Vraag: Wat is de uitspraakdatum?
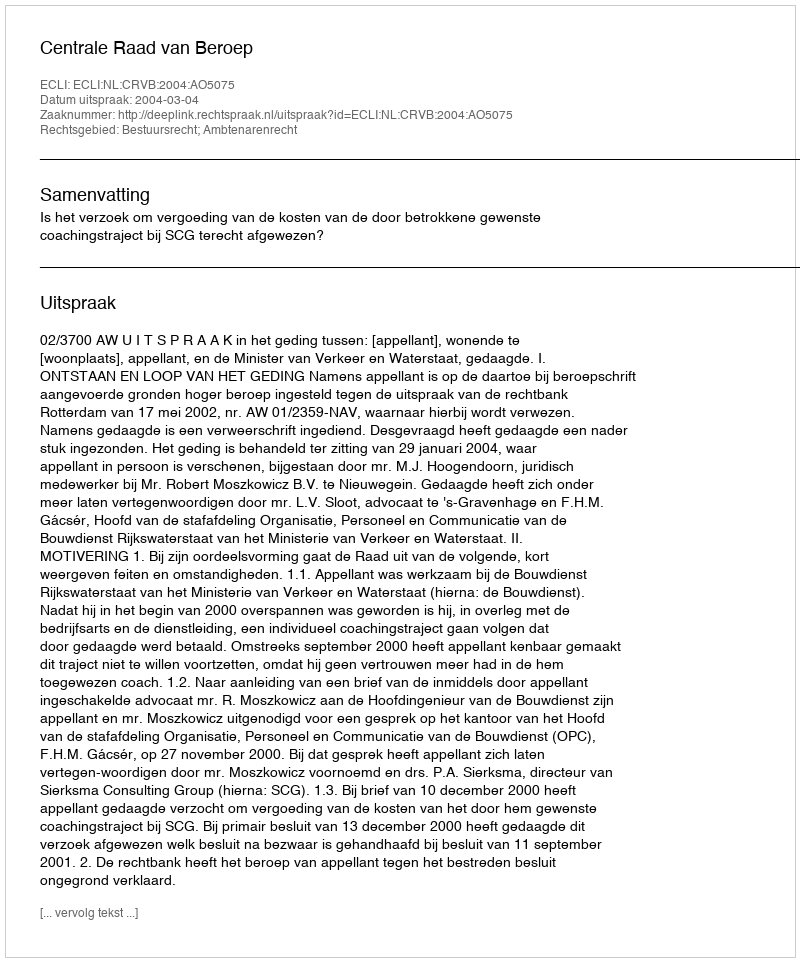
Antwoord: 2004-03-04